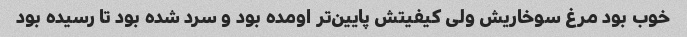
خوب بود مرغ سوخاریش ولی کیفیتش پایین‌تر اومده بود و سرد شده بود تا رسیده بود